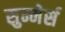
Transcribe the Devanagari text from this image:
सुम्मेर्स